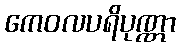
ကေဝလပရိပုဏ္ဏာ